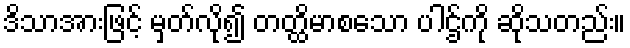
ဒိသာအားဖြင့် မှတ်လို၍ တတ္ထိမာစသော ပါဌ်ကို ဆိုသတည်း။